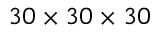
3 0 \times 3 0 \times 3 0